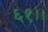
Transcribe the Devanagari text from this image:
६१।।